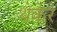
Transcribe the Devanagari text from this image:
थेकेरे